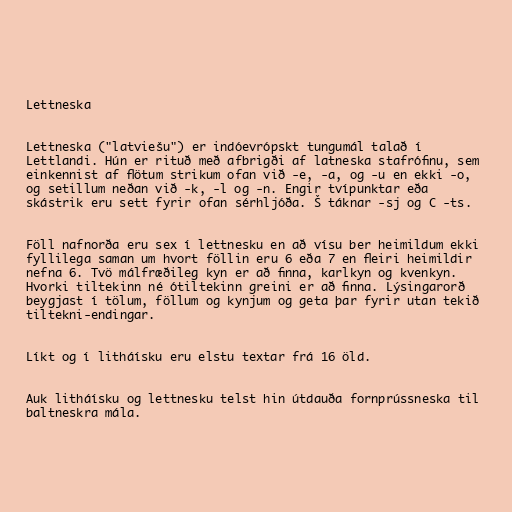
Lettneska

Lettneska ("latviešu") er indóevrópskt tungumál talað í
Lettlandi. Hún er rituð með afbrigði af latneska stafrófinu, sem
einkennist af flötum strikum ofan við -e, -a, og -u en ekki -o,
og setillum neðan við -k, -l og -n. Engir tvípunktar eða
skástrik eru sett fyrir ofan sérhljóða. Š táknar -sj og C -ts.

Föll nafnorða eru sex í lettnesku en að vísu ber heimildum ekki
fyllilega saman um hvort föllin eru 6 eða 7 en fleiri heimildir
nefna 6. Tvö málfræðileg kyn er að finna, karlkyn og kvenkyn.
Hvorki tiltekinn né ótiltekinn greini er að finna. Lýsingarorð
beygjast í tölum, föllum og kynjum og geta þar fyrir utan tekið
tiltekni-endingar.

Líkt og í litháísku eru elstu textar frá 16 öld.

Auk litháísku og lettnesku telst hin útdauða fornprússneska til
baltneskra mála.